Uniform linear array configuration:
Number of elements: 24
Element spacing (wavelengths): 0.75
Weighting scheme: cosine
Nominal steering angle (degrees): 45
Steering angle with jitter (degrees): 45.706
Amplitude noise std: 0.05
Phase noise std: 0.05

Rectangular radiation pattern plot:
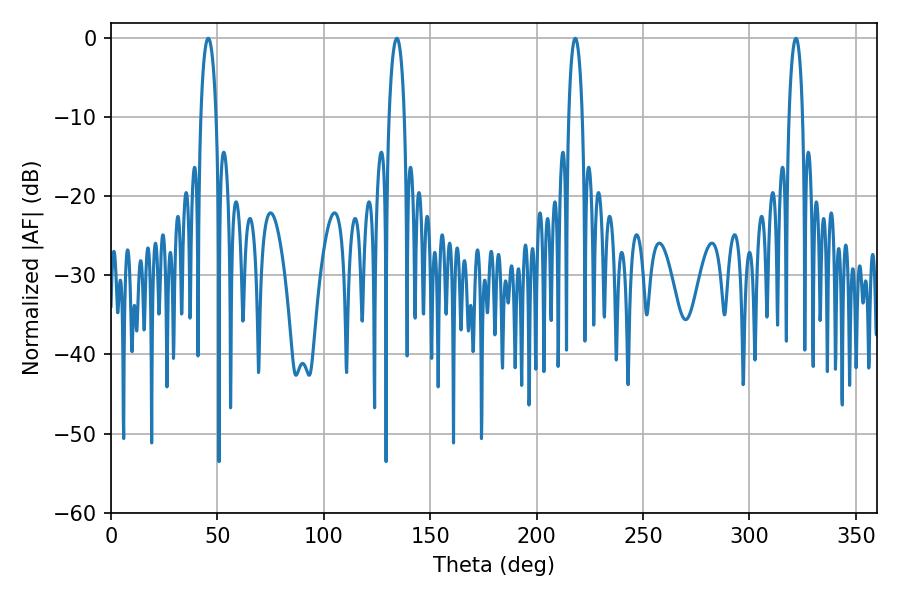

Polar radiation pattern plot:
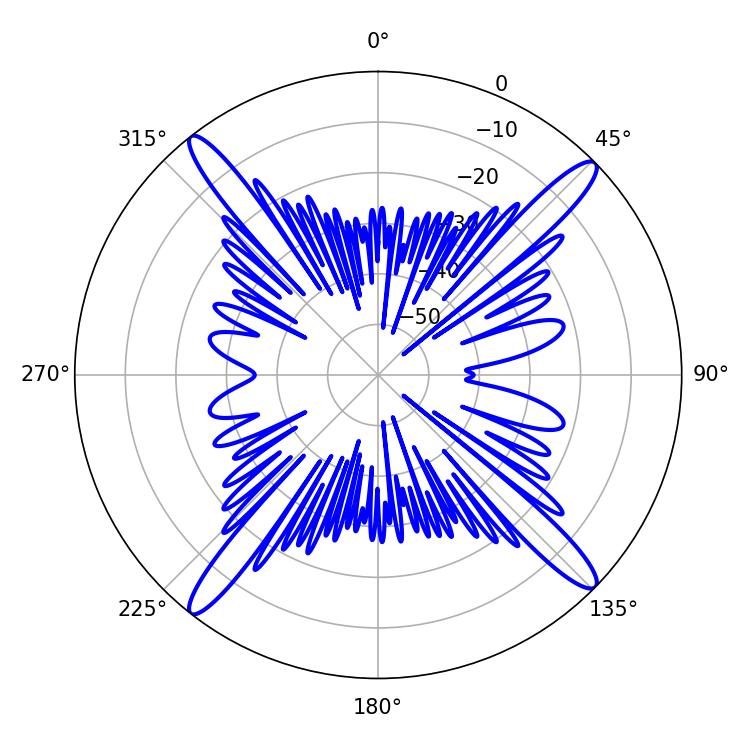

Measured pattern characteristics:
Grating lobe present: TRUE
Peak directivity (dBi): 18.679
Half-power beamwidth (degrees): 3.6
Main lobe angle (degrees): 218.16